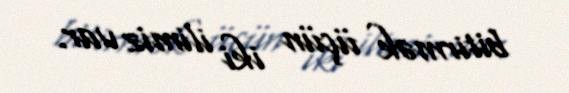
bitirmək üçün iki ilimiz var.